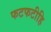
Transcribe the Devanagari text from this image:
फटफटीहि